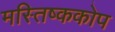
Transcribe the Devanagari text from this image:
मस्तिष्ककोप